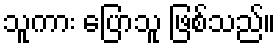
သူကား ပြောသူ ဖြစ်သည်။